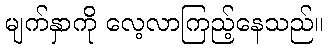
မျက်နှာကို လေ့လာကြည့်နေသည်။